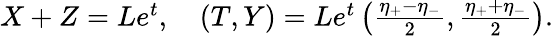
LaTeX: \begin{array}{l}{{X+Z=Le^{t},\quad(T,Y)=Le^{t}\left(\frac{\eta_{+}-\eta_{-}}{2},\frac{\eta_{+}+\eta_{-}}{2}\right).}}\end{array}